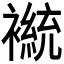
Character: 𫌒